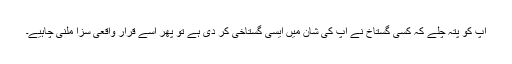
آپ کو پتہ چلے کہ کسی گستاخ نے آپ کی شان میں ایسی گستاخی کر دی ہے تو پھر اسے قرار واقعی سزا ملنی چاہیے۔